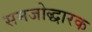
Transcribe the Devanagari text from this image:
समजोद्धारक